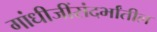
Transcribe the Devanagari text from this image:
गांधीजींसंदर्भांतील